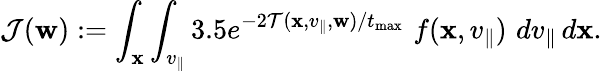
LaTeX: \mathcal{J}(\mathbf{w}):=\int_{\mathbf{x}}\int_{v_{\parallel}}3.5e^{-2\mathcal{T}(\mathbf{x},v_{\parallel},\mathbf{w})/t_{\operatorname*{max}}}\, \, f(\mathbf{x},v_{\parallel})\, \, dv_{\parallel}\, d\mathbf{x}.